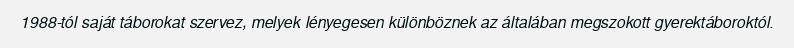
1988-tól saját táborokat szervez, melyek lényegesen különböznek az általában megszokott gyerektáboroktól.